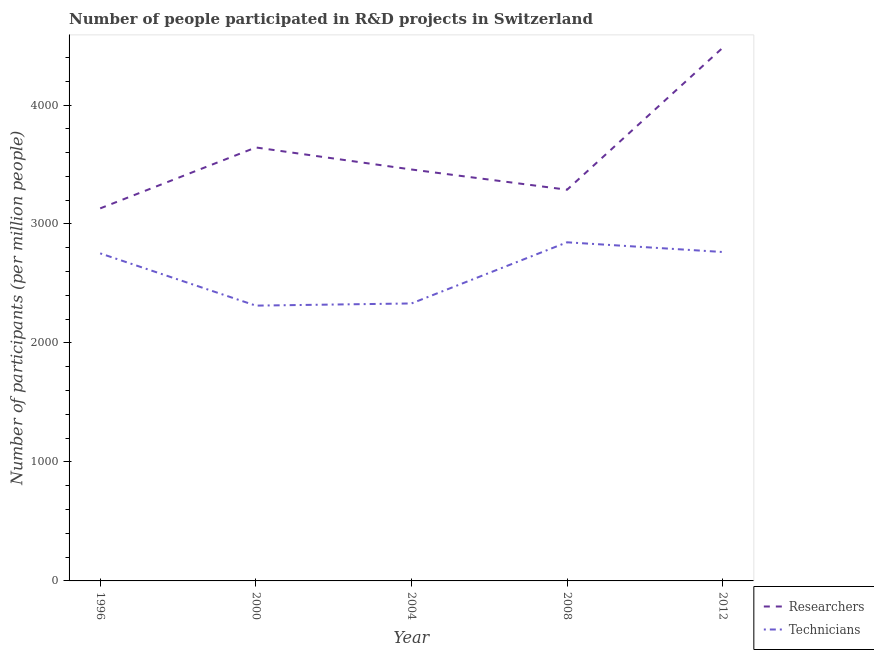
| Year | Researchers | Technicians |
 | --- | --- | --- |
 | 1996 | 3.13e+03 | 2.75e+03 |
 | 2000 | 3.64e+03 | 2.31e+03 |
 | 2004 | 3.46e+03 | 2.33e+03 |
 | 2008 | 3.29e+03 | 2.85e+03 |
 | 2012 | 4.48e+03 | 2.76e+03 |